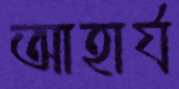
আহার্য